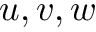
u , v , w